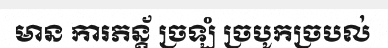
មាន ការភន្ត័ ច្រឡំ ច្របូកច្របល់